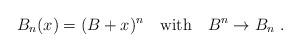
LaTeX: \begin{align*}B_n(x)=(B+x)^n\quad{\rm with}\quad B^n\rightarrow B_n \ .\end{align*}